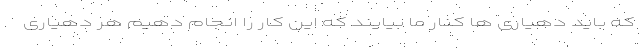
که باید دهیاری ها کنار ما بیایند که این کار را انجام دهیم هر دهیاری